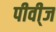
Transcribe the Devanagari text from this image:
पीवी्ज